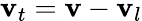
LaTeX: \mathbf{v}_{t}=\mathbf{v}-\mathbf{v}_{l}